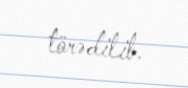
törədilib.